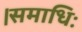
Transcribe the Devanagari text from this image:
।समाधिः